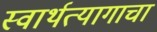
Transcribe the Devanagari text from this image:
स्वार्थत्यागाचा